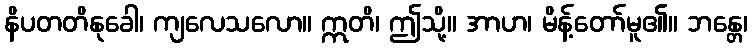
နိပတတိနုခေါ၊ ကျလေသလော။ ဣတိ၊ ဤသို့။ အာဟ၊ မိန့်တော်မူ၏။ ဘန္တေ၊